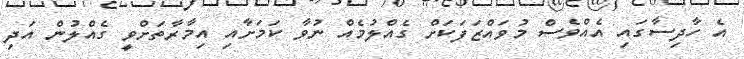
އެ ހާދިސާގައި އެއްވެސް މުވައްޒަފަކަށް ގެއްލުމެއް ނުވާ ކަމަށާއި އިމާރާތަށްވީ ގެއްލުން އަދި